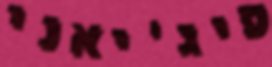
פיג'יאני